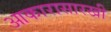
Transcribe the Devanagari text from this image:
आकारासारखी